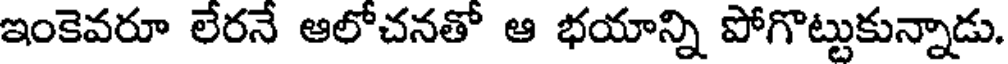
ఇంకెవరూ లేరనే ఆలోచనతో ఆ భయాన్ని పోగొట్టుకున్నాడు.